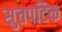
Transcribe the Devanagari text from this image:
सुत्तपटिक